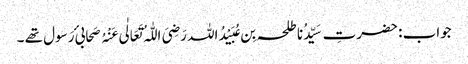
جواب : حضرتِ سَیِّدُنا طلحہ بِن عُبَیْدُاللہ رَضِیَ اللّٰہُ تَعَالٰی عَنْہُ صَحابیٔ رَسول تھے ۔